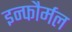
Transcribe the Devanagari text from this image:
इन्फौर्मल